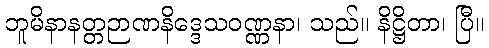
ဘူမိနာနတ္တဉာဏနိဒ္ဒေသဝဏ္ဏနာ၊ သည်။ နိဋ္ဌိတာ၊ ပြီ။